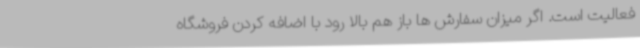
فعالیت است. اگر میزان سفارش ‌ها باز هم بالا رود با اضافه کردن فروشگاه